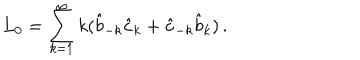
L _ { 0 } = \sum _ { k = 1 } ^ { \infty } k ( \hat { b } _ { - k } \hat { c } _ { k } + \hat { c } _ { - k } \hat { b } _ { k } ) \, .